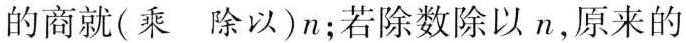
的商就(乘 除以) n；若除数除以 n，原来的